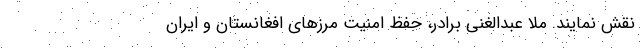
نقش نمایند. ملا عبدالغنی برادر، حفظ امنیت مرزهای افغانستان و ایران